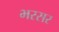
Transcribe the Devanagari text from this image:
भरसर